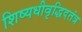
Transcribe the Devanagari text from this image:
शिष्यधीवृद्धिदतंत्र